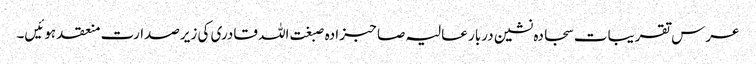
عرس تقریبات سجادہ نشین دربار عالیہ صاحبزادہ صبغت اللہ قادری کی زیرصدارت منعقد ہوئیں۔